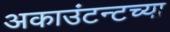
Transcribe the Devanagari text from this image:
अकाउंटन्टच्या